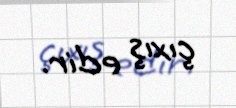
çıxış edir.